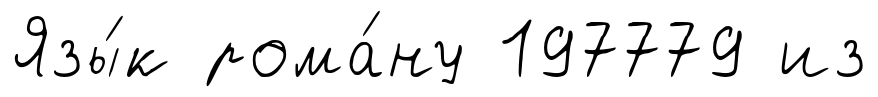
Язы́к рома́ну 197779 из